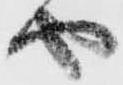
や